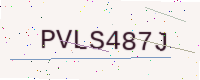
Text: PVLS487J